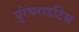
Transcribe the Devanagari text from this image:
युरेथराइटिस